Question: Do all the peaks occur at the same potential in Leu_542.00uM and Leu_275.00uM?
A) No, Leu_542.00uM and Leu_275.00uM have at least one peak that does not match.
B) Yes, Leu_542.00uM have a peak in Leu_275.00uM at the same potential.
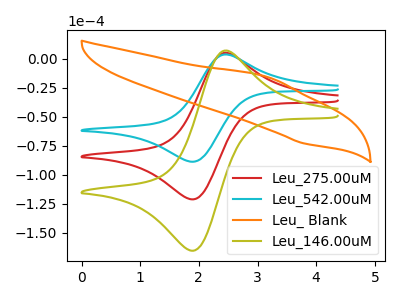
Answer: <think>The red curve "Leu_275.00uM" has an anodic peak at (2.45V, 5.25uA) and a cathodic peak at (1.90V, -121.30uA). The cyan curve "Leu_542.00uM" has an anodic peak at (2.45V, 3.85uA) and a cathodic peak at (1.90V, -88.80uA). The orange curve "Leu_ Blank" has an anodic peak at (3.15V, -15.40uA) and a cathodic peak at (3.80V, -73.00uA). The olive curve "Leu_146.00uM" has an anodic peak at (2.45V, 10.50uA) and a cathodic peak at (1.90V, -242.65uA).</think>
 <answer>B) Yes, "Leu_542.00uM" have a peak in "Leu_275.00uM" at the same potential.</answer>
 <eval>B</eval>